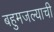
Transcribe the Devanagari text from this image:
बहुमजल्याची